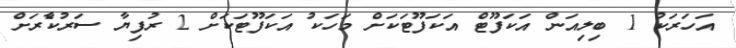
އަހަރަކު 1 ބިލިއަން އަކަފޫޓް އަކަފޫޓަކަށް މަހަކު އަކަފޫޓަކަށް 2 ރުފިޔާ ސަރުކާެރަށް